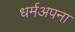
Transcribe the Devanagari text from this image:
धर्मअपना